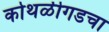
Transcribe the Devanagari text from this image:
कोथळीगडचा